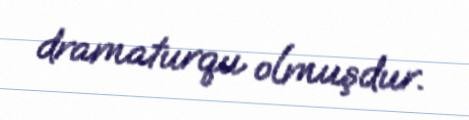
dramaturqu olmuşdur.